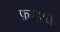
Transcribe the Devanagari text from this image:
फ़रहात